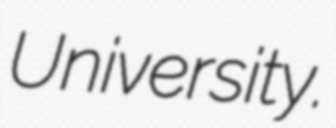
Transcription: University.